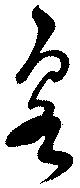
泉